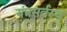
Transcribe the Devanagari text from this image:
यंत्रसर्वस्व